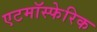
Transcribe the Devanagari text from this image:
एटमॉस्फेरिक